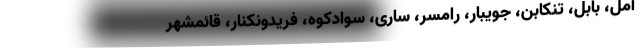
آمل، بابل، تنکابن، جویبار، رامسر، ساری، سوادکوه، فریدونکنار، قائمشهر